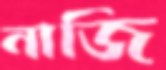
নাজি